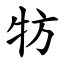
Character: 牥